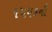
૧૫૫૬ની